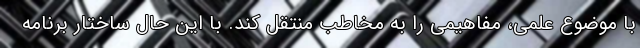
با موضوع علمی، مفاهیمی را به مخاطب منتقل کند. با این حال ساختار برنامه